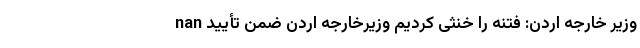
nan وزیر خارجه اردن: فتنه را خنثی کردیم وزیرخارجه اردن ضمن تأیید